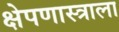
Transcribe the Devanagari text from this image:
क्षेपणास्त्राला